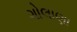
ગોલાણા